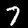
Digit: 7